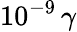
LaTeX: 10^{-9}\, \gamma